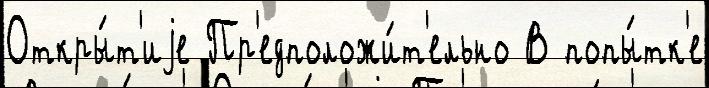
Откры́т'иjе Пр'едположи́т'ельно В попы́тк'е